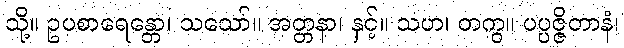
သို့။ ဥပစာရေန္တော၊ သသော်။ အတ္တနာ၊ နှင့်။ သဟ၊ တကွ။ ပပ္ပဇ္ဇိတာနံ၊